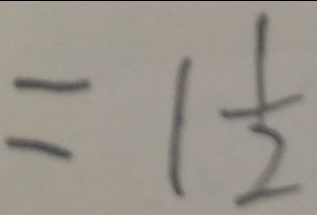
= 1 \frac { 1 } { 2 }